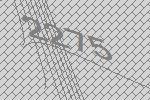
2275